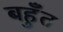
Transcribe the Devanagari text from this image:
बहुँत